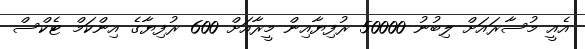
އެއީ މުސާރައަށް ލިބުނު 50000 ރުފިޔާއިން މީރާއަށް 600 ރުފިޔާގެ އިންކަމް ޓެކްސް